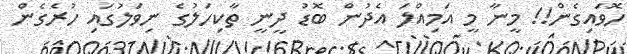
ހޮވައިގެން!! މީނާ މީ އަމިއްލަ އެދުން ބޮޑު ދީނީ ތާކިހަލުގެ ނިވަލުގައި ހުރެގެން